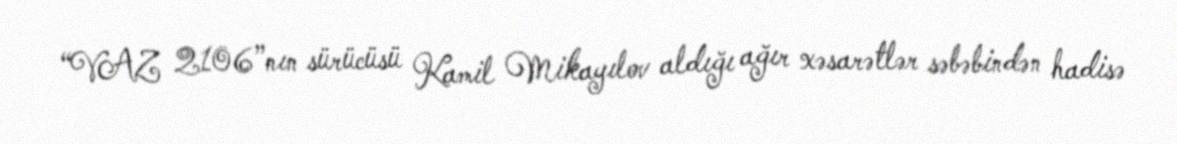
“VAZ 2106”nın sürücüsü Kamil Mikayılov aldığı ağır xəsarətlər səbəbindən hadisə